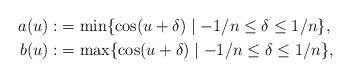
LaTeX: \begin{align*}a(u):&=\min\{\cos(u+\delta)\mid-1/n\leq\delta\leq 1/n\},\\b(u):&=\max\{\cos(u+\delta)\mid-1/n\leq\delta\leq 1/n\},\end{align*}